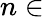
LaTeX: n\in